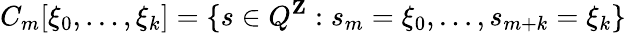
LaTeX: C_{m}[\xi_{0},\ldots,\xi_{k}]=\{ s\in Q^{\mathbf{Z}}:s_{m}=\xi_{0},\ldots,s_{m+k}=\xi_{k}\}